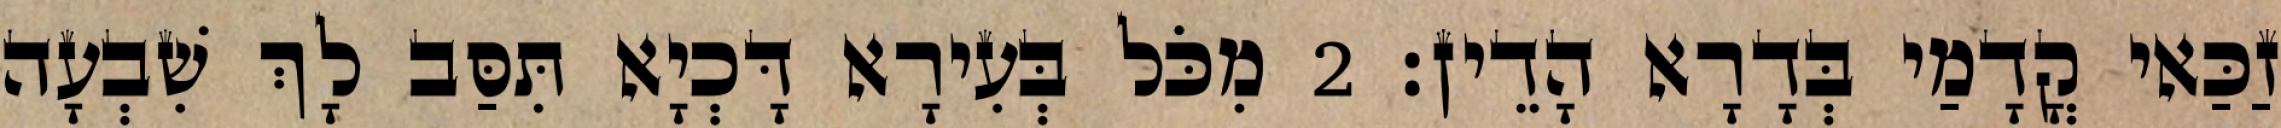
זַכַּאי קֳדָמַי בְּדָרָא הָדֵין׃ 2 מִכֹּל בְּעִירָא דָּכְיָא תִּסַּב לָךְ שִׁבְעָה